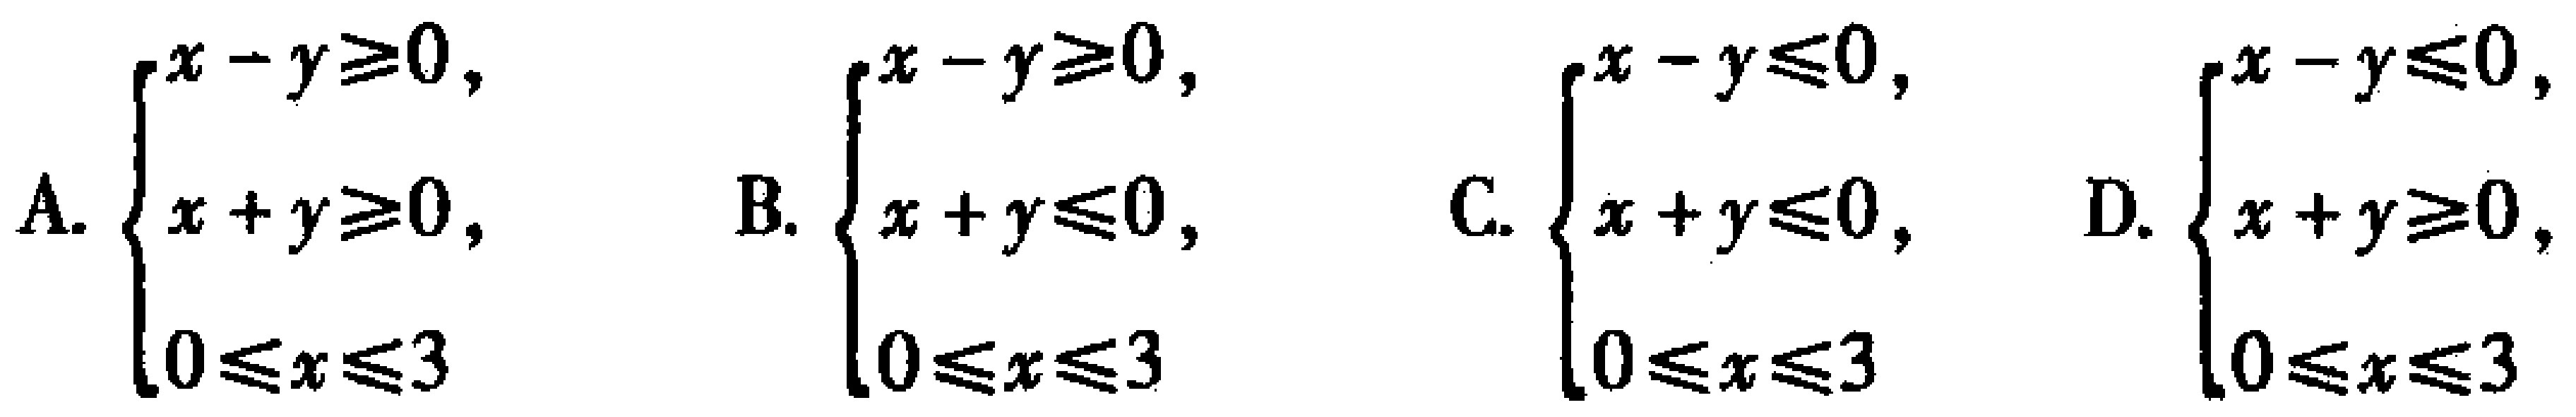
A. $\begin{cases}x - y\geq0,\\x + y\geq0,\\0\leq x\leq3\end{cases}$ B. $\begin{cases}x - y\geq0,\\x + y\leq0,\\0\leq x\leq3\end{cases}$ C. $\begin{cases}x - y\leq0,\\x + y\leq0,\\0\leq x\leq3\end{cases}$ D. $\begin{cases}x - y\leq0,\\x + y\geq0,\\0\leq x\leq3\end{cases}$